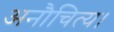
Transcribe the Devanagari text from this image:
अनौचित्य।